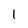
Character: 1